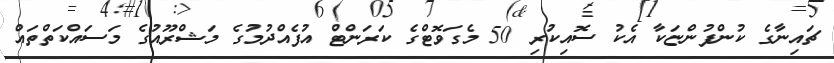
ޗައިނާގެ ކުންފުންޏަކާ އެކު ސޮއިކުރި 50 މެގަވޮޓްގެ ކަރަންޓް އުފެއްދުމުގެ މަޝްރޫއުގެ މަސައްކަތްތައް